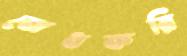
বোধকরি